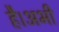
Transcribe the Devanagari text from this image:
है।अभी